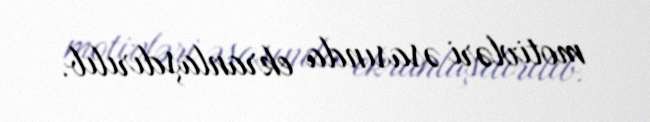
motivləri əsasında ekranlaşdırılıb.